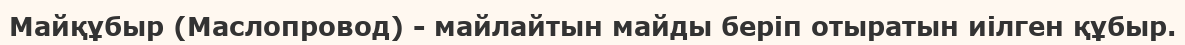
Майқұбыр (Маслопровод) - майлайтын майды беріп отыратын иілген құбыр.